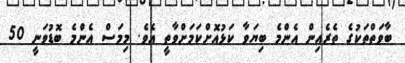
ބާވަތްތަކުގެ ތެރެއިން އެންމެ ބިޔަވާ ކަޅުއޮށްކަމަށްވާތީ އެވެ. މިމަސް އެންމެ ބޮޑުވަނީ 50